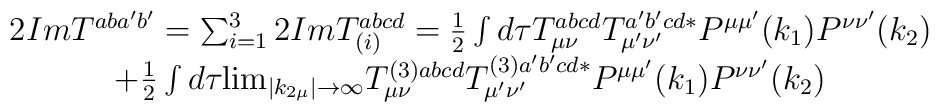
\begin{array}{c}2ImT_{}^{aba^{\prime }b^{\prime }}=\sum_{i=1}^32ImT_{\left( i\right)}^{abcd}=\frac 12\int d\tau T_{\mu \nu }^{abcd}T_{\mu ^{\prime }\nu ^{\prime}}^{a^{\prime }b^{\prime }cd*}P^{\mu \mu ^{\prime }}(k_1)P^{\nu \nu ^{\prime}}(k_2) \\ +\frac 12\int d\tau {\lim_{\left| k_{2\mu }\right| \rightarrow \infty }}T_{\mu \nu }^{(3)abcd}T_{\mu ^{\prime }\nu ^{\prime }}^{(3)a^{\prime}b^{\prime }cd*}P^{\mu \mu ^{\prime }}(k_1)P^{\nu \nu ^{\prime }}(k_2)_{}\end{array}